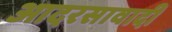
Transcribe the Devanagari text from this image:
आदरसावादी